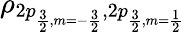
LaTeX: \rho_{2p_{\frac{3}{2},m=-\frac{3}{2}},2p_{\frac{3}{2},m=\frac{1}{2}}}